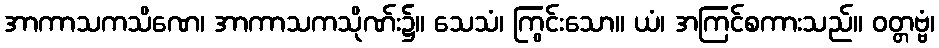
အာကာသကသိဏေ၊ အာကာသကသိုဏ်း၌။ သေသံ၊ ကြွင်းသော။ ယံ၊ အကြင်စကားသည်။ ဝတ္တဗ္ဗံ၊